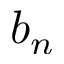
b _ { n }